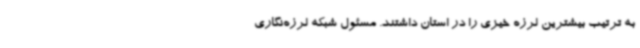
به ترتیب بیشترین لرزه خیزی را در استان داشتند. مسئول شبکه لرزه‌نگاری